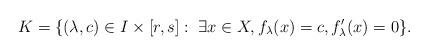
LaTeX: \begin{align*}K = \{(\lambda, c) \in I \times [r,s]: \; \exists x \in X, f_\lambda(x) = c, f_\lambda'(x) = 0\}.\end{align*}